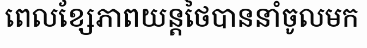
ពេលខ្សែភាពយន្តថៃបាននាំចូលមក